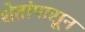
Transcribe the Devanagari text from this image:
शेतांपासून